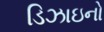
ડિઝાઇનો